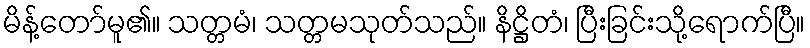
မိန့်တော်မူ၏။ သတ္တမံ၊ သတ္တမသုတ်သည်။ နိဋ္ဌိတံ၊ ပြီးခြင်းသို့ရောက်ပြီ။